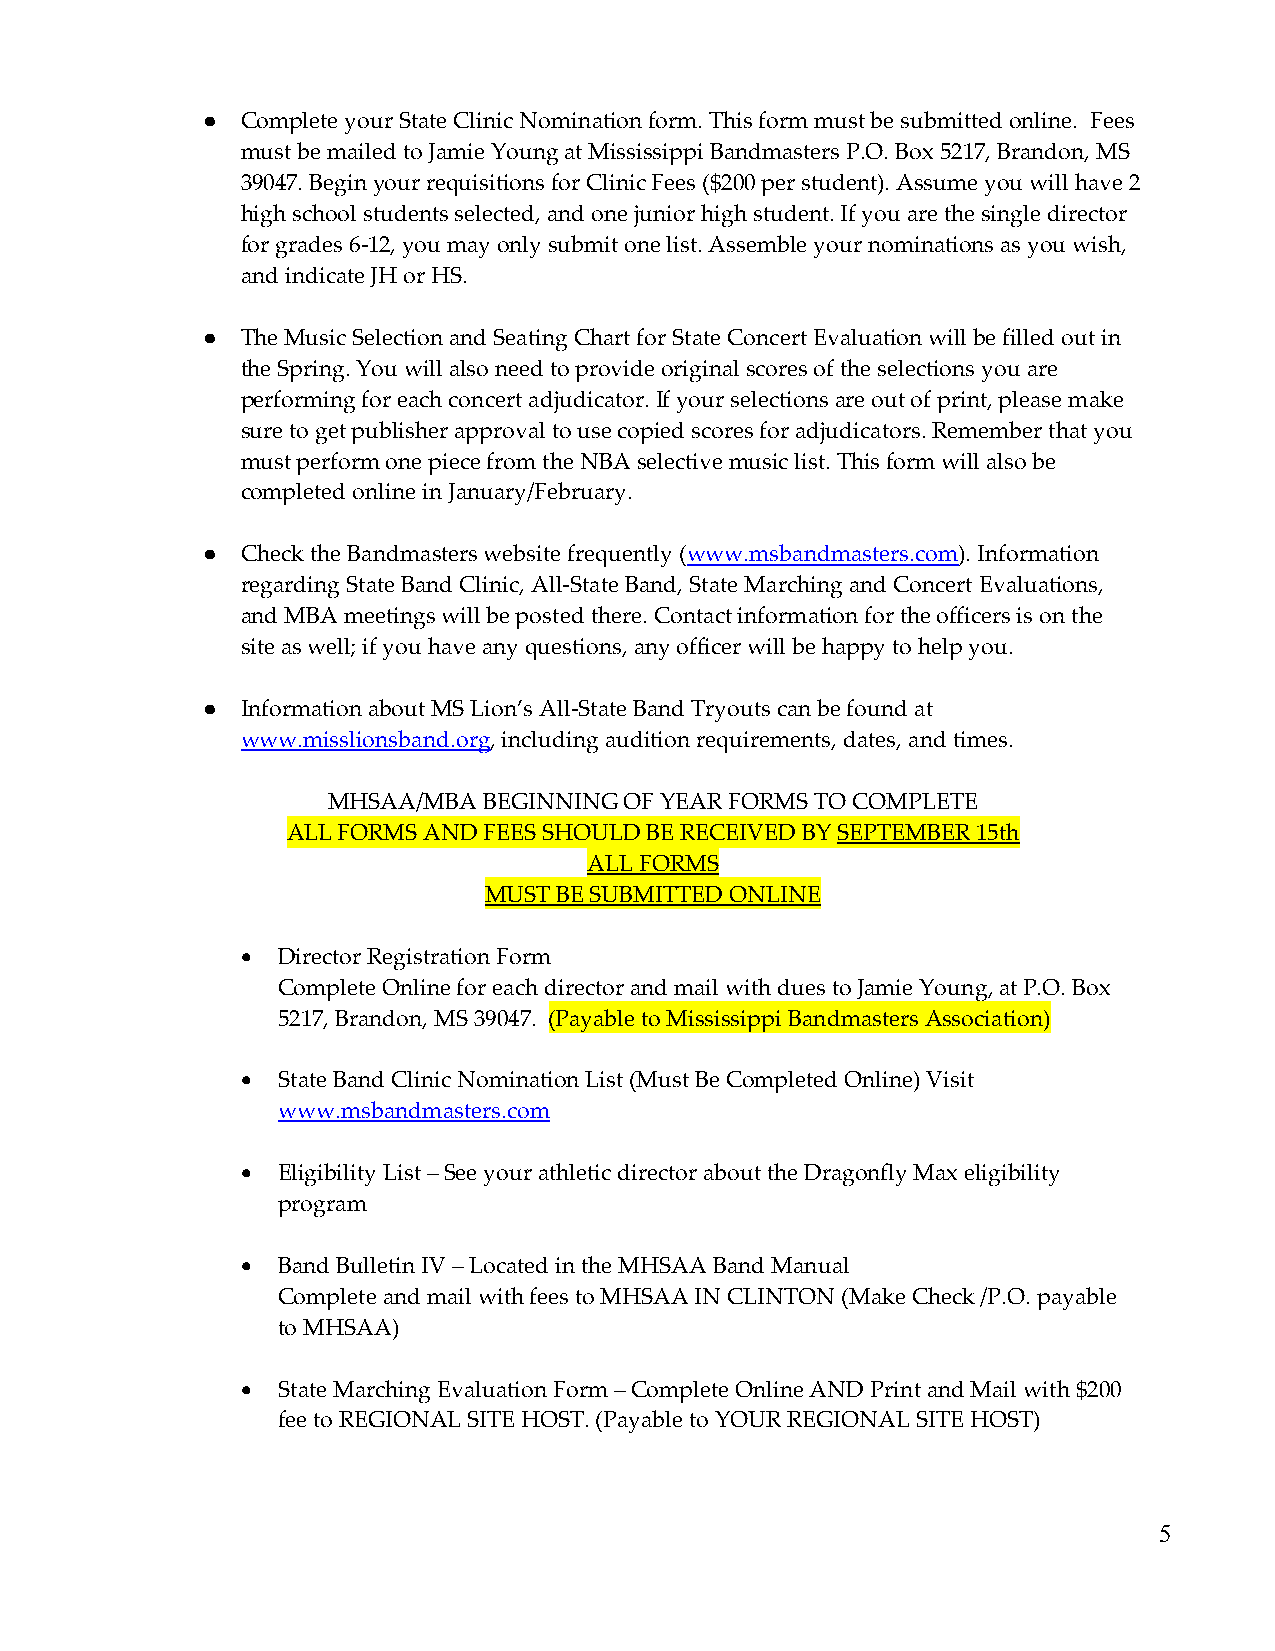
●  Complete your State Clinic Nomination form. This form must be submitted online. Fees
 must be mailed to Jamie Young at Mississippi Bandmasters P.O. Box 5217, Brandon, MS
 39047. Begin your requisitions for Clinic Fees ($200 per student). Assume you will have 2
 high school students selected, and one junior high student. If you are the single director
 for grades 6-12, you may only submit one list. Assemble your nominations as you wish,
 and indicate JH or HS.
 ●  The Music Selection and Seating Chart for State Concert Evaluation will be filled out in
 the Spring. You will also need to provide original scores of the selections you are
 performing for each concert adjudicator. If your selections are out of print, please make
 sure to get publisher approval to use copied scores for adjudicators. Remember that you
 must perform one piece from the NBA selective music list. This form will also be
 completed online in January/February.
 ●  Check the Bandmasters website frequently (www.msbandmasters.com). Information
 regarding State Band Clinic, All-State Band, State Marching and Concert Evaluations,
 and MBA meetings will be posted there. Contact information for the officers is on the
 site as well; if you have any questions, any officer will be happy to help you.
 ●  Information about MS Lion’s All-State Band Tryouts can be found at
 www.misslionsband.org, including audition requirements, dates, and times.
 MHSAA/MBA BEGINNING OF YEAR FORMS TO COMPLETE
 ALL FORMS AND FEES SHOULD BE RECEIVED BY SEPTEMBER 15th
 ALL FORMS
 MUST BE SUBMITTED ONLINE
 • Director Registration Form
 Complete Online for each director and mail with dues to Jamie Young, at P.O. Box
 5217, Brandon, MS 39047. (Payable to Mississippi Bandmasters Association)
 • State Band Clinic Nomination List (Must Be Completed Online) Visit
 www.msbandmasters.com
 • Eligibility List – See your athletic director about the Dragonfly Max eligibility
 program
 • Band Bulletin IV – Located in the MHSAA Band Manual
 Complete and mail with fees to MHSAA IN CLINTON (Make Check /P.O. payable
 to MHSAA)
 • State Marching Evaluation Form – Complete Online AND Print and Mail with $200
 fee to REGIONAL SITE HOST. (Payable to YOUR REGIONAL SITE HOST)
 5